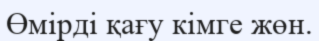
Өмірді қағу кімге жөн.